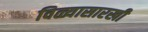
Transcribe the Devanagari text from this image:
विळ्यासारखी